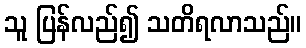
သူ ပြန်လည်၍ သတိရလာသည်။